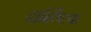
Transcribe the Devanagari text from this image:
दार्व्हिष्टक